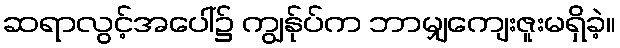
ဆရာလွင့်အပေါ်၌ ကျွန်ုပ်က ဘာမျှကျေးဇူးမရှိခဲ့။